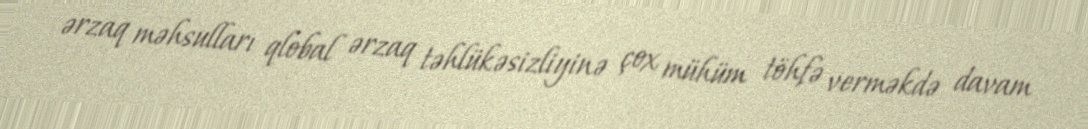
ərzaq məhsulları qlobal ərzaq təhlükəsizliyinə çox mühüm töhfə verməkdə davam